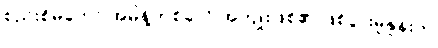
စည်းစိမ်တော် အမိန့်တစ်ခုလို အကျိုးဖြစ်၏ ဖြစ်ပွားမှုနှုန်းက